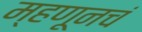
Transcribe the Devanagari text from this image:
म्हणूनचं